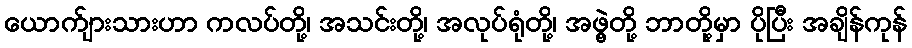
ယောက်ျားသားဟာ ကလပ်တို့၊ အသင်းတို့၊ အလုပ်ရုံတို့၊ အဖွဲ့တို့ ဘာတို့မှာ ပိုပြီး အချိန်ကုန်